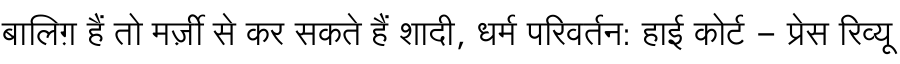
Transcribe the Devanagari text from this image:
बालिग़ हैं तो मर्ज़ी से कर सकते हैं शादी, धर्म परिवर्तन: हाई कोर्ट - प्रेस रिव्यू